Vaccination in the Punjab 1883-1896 - 1883-1896
Year: 1883
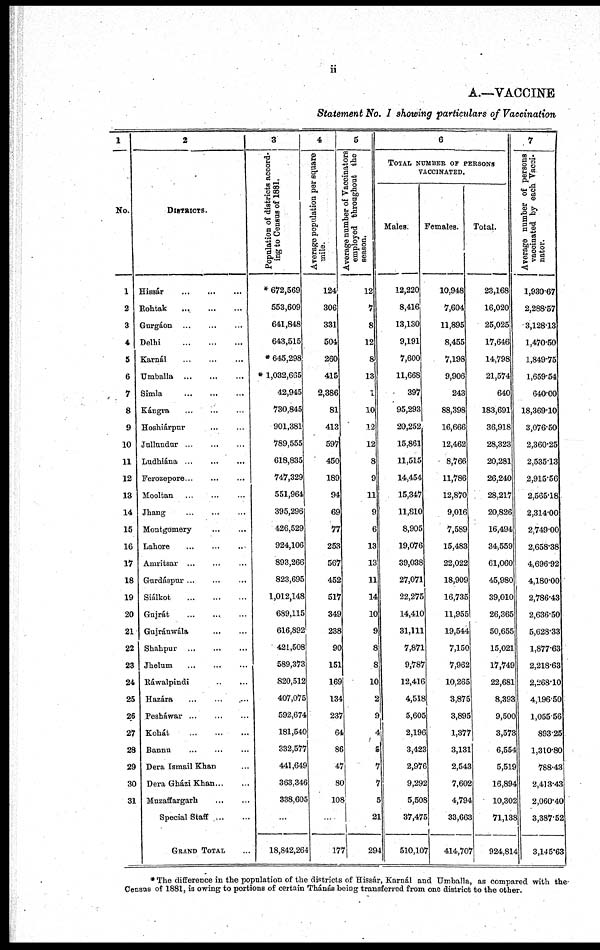
ii
A.—VACCINE
Statement No. I showing particulars of Vaccination
1
No.
1
2
3
4
5
6
7
8
9
10
11
12
13
14
15
16
17
18
19
20
21
22
23
24
25
26
27
28
29
30
31
2
DISTRICTS.
Hissár
...
...
...
Rohtak
...
...
...
Gurgáon
...
...
...
Delhi
...
...
...
Karnál ... ... ...
Umballa
...
...
...
Simla
...
...
...
Kángra
...
...
...
Hoshiárpur
...
...
...
Jullundur
...
...
...
Ludhiána ... ... ...
Ferozepore ... ... ...
Mooltan ... ... ...
Jhang
...
...
...
Montgomery ... ...
Lahore
...
...
...
Amritsar ... ... ...
Gurdáspur ... ... ...
Siálkot
...
...
...
Gnjrát
...
...
...
Gujránwála ... ...
Shahpur
...
...
...
Jhelum
...
...
...
Ráwalpindi ... ...
Hazára ... ... ...
Pesháwar ... ... ...
Kohát
...
...
...
Bannu ... ... ...
Dera Ismail Khan ...
Dera Gházi Khan ... ...
Muzaffargarh
...
...
Special Staff
...
...
GRAND TOTAL ...
3
Population of districts accord-
ing to Census of 1881.
* 672,569
553,609
641,848
643,515
* 645,298
* 1,032,665
42,945
730,845
901,381
789,555
618,835
747,329
551,964
395,296
426,529
924,106
893,266
823,695
1,012,148
689,115
616,892
421,508
589,373
820,512
407,075
592,674
181,540
332,577
441,649
363,346
338,605
...
18,842,264
4
Average population per square
mile.
124
306
331
504
260
415
2,386
81
413
597
450
189
94
69
77
253
567
452
517
349
238
90
151
169
134
237
64
86
47
80
108
...
177
5
Average number of Vaccinators
employed throughout the
season.
12
7
8
12
8
13
1
10
12
12
8
9
11
9
6
13
13
11
14
10
9
8
8
10
2
9
4
5
7
7
5
21
294
6
TOTAL NUMBER OF PERSONS
VACCINATED.
Males.
12,220
8,416
13,130
9,191
7,600
11,668
397
95,293
20,252
15,861
11,515
14,454
15,347
11,810
8,905
19,076
39,038
27,071
22,2
14,410
1,111
7,871
9,787
12,416
4,518
5,605
2,196
3,423
2,976
9,292
5,508
37,475
510,107
Females.
10,948
7,604
11,895
8,455
7,198
9,906
243
88,398
16,666
12,462
8,766
11,786
12,870
9,016
7,589
15,483
22,022
18,909
16,735
11,955
19,544
7,150
7,962
10,265
3,875
3,895
1,377
3,131
2,543
7,602
4,794
33,663
414,707
Total.
23,168
16,020
25,025
17,646
14,798
21,574
640
183,691
36,918
28,323
20,281
26,240
28,217
20,826
16,494
34,559
61,060
45,980
39,010
26,365
50,655
15,021
17,749
22,681
8,393
9,500
3,573
6,554
5,519
16,894
10,302
71,138
924,814
7
Average number of persons
vaccinated by each Vacci-
nator.
1,930.67
2,288.57
3,128.13
1,470.50
1,849.75
1,659.54
640.00
18,369.10
3,076.50
2,360.25
2,535.13
2,915.56
2,565.18
2,314.00
2,749.00
2,658.38
4,696.92
4,180.00
2,786.43
2,636.50
5,628.33
1,877.63
2,218.63
2,268.10
4,196.50
1,055 56
893.25
1,310.80
788.43
2,413.43
2,060.40
3,387.52
3,145.63
* The difference in the population of the districts of Hissár, Karnál and Umballa, as compared with the
Census of 1881, is owing to portions of certain Thánás being transferred from one district to the other.